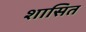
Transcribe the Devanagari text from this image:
शासित